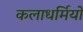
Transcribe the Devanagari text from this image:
कलाधर्मियों